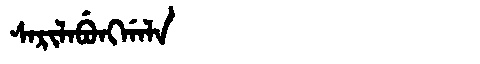
Manchu: ᠰᠠᡵᡳᠯᠠᠪᡠᠩᡤᠠᠯᠠ
Romanization: SARILABUNGGALA